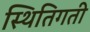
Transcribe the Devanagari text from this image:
स्थितिगती